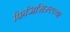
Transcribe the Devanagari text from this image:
फिजिसिस्टच्या